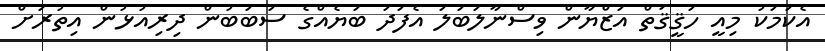
އެކަމަކު މިއީ ހަޤީޤަތް އަޒްޔާން ވިސްނާލަބަލަ އެފަދަ ބަޔެއްގެ ސަބަބުން ދިރިއުޅުން އިތުރަށް